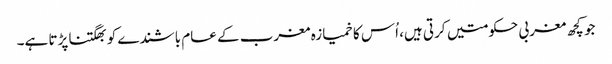
جو کچھ مغربی حکومتیں کرتی ہیں، اُس کا خمیازہ مغرب کے عام باشندے کو بھگتنا پڑتا ہے۔